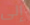
إلى